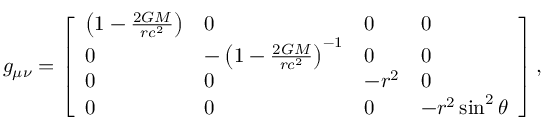
g _ { \mu \nu } = { \left[ \begin{array} { l l l l } { \left( 1 - { \frac { 2 G M } { r c ^ { 2 } } } \right) } & { 0 } & { 0 } & { 0 } \\ { 0 } & { - \left( 1 - { \frac { 2 G M } { r c ^ { 2 } } } \right) ^ { - 1 } } & { 0 } & { 0 } \\ { 0 } & { 0 } & { - r ^ { 2 } } & { 0 } \\ { 0 } & { 0 } & { 0 } & { - r ^ { 2 } \sin ^ { 2 } \theta } \end{array} \right] } \, ,